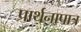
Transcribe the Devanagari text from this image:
प्रार्थनापात्र